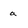
Character: a